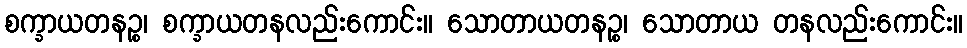
စက္ခာယတနဉ္စ၊ စက္ခာယတနလည်းကောင်း။ သောတာယတနဉ္စ၊ သောတာယ တနလည်းကောင်း။